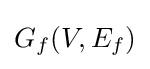
G_{f}(V,E_{f})